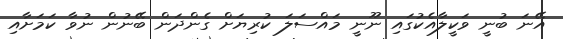
އޭނަ ބުނީ ވަކީލާއެކުގައި ނޫނީ މައްސަލަ ކުރިޔަށް ގެންދަން ބޭނުން ނުވާ ކަމަށާއި